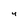
Character: 4